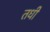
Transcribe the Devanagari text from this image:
तधी